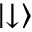
\left| \downarrow \right\rangle